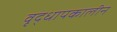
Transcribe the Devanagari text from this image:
वृद्धापकालीन